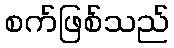
စက်ဖြစ်သည်